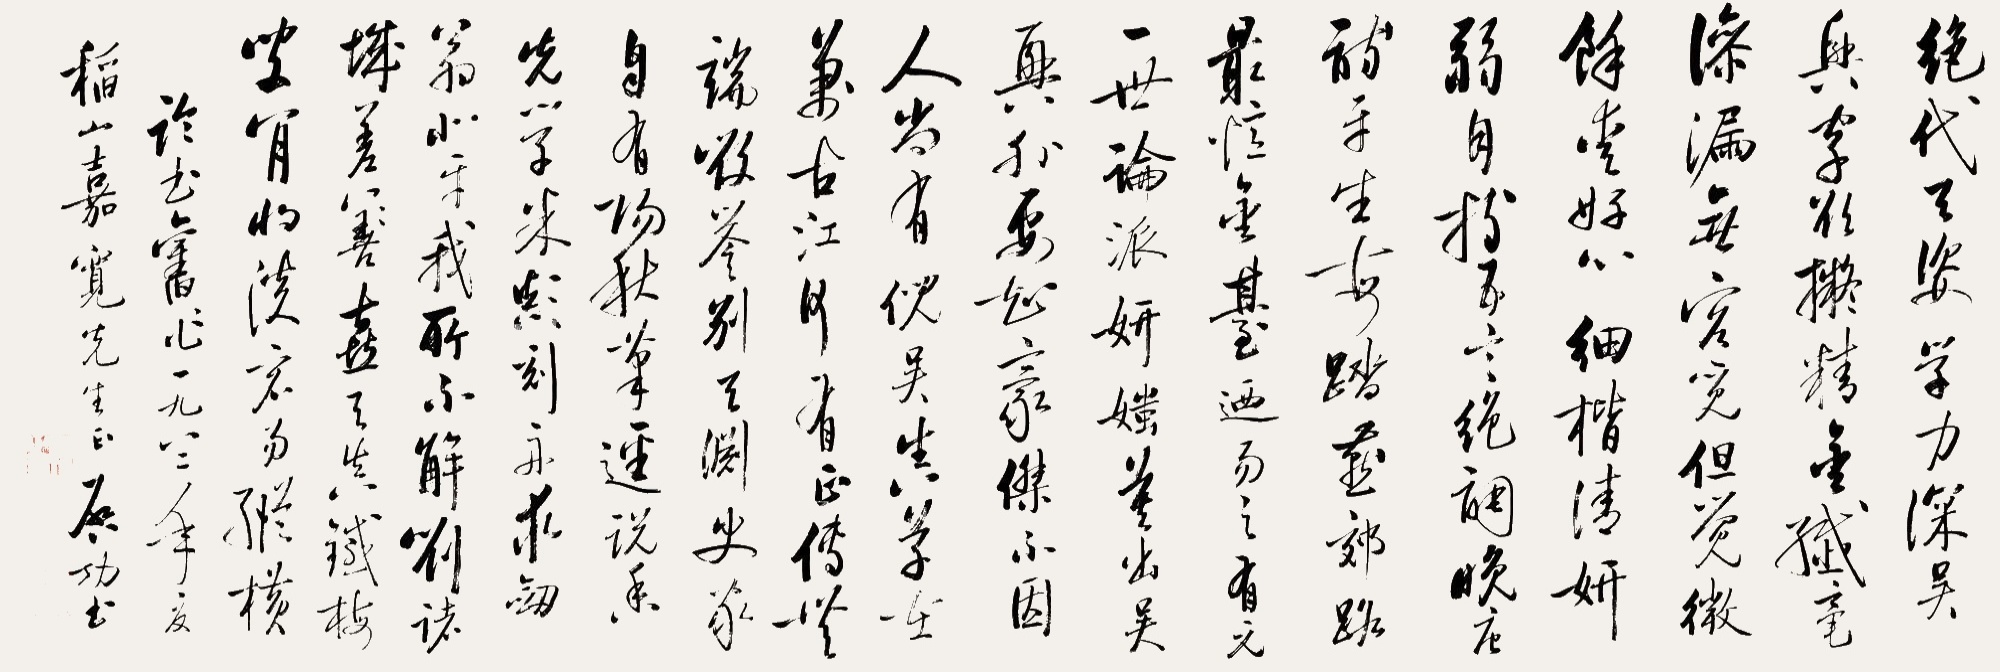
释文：绝代天姿学力深，吴兴字欲拟精金。
纤毫渗漏无容觅，但觉微馀爱好心。
细楷清妍弱自持，五言绝调晚唐诗。
平生每踏燕郊路，最忆金台乃易之。
有元一世论书派，妍媸莫出吴兴外。
要知豪杰不因人，尚有倪吴真草在。
万古江河有正传，无端毁誉别天渊。
史家自有阳秋笔，迳说香光学米颠。
刻舟求剑翁北平，我所不解刘诸城。
差喜天真铁梅叟，肯将淡宕易纵横。《论书》旧作，一九八二年夏，稻山嘉宽先生正，启功书。